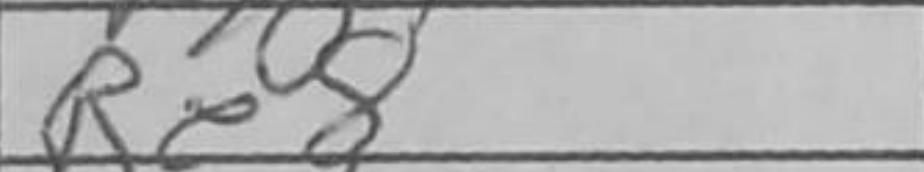
Transcription: Re8